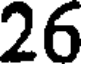
26